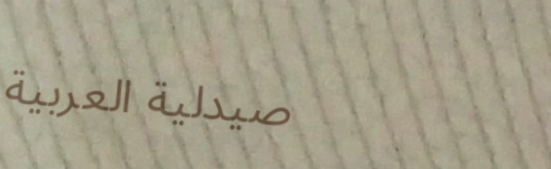
صيدلية العربية